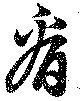
看